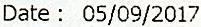
DATE : 05/09/2017